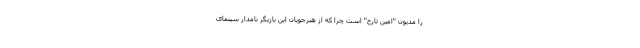
را مدیون "امین تارخ" است چرا که از هنرجویان این بازیگر نامدار سینمای